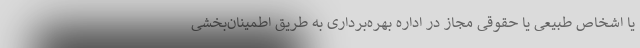
یا اشخاص طبیعی یا حقوقی مجاز در اداره بهره‌برداری به طریق اطمینان‌بخشی